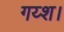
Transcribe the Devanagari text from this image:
गय्श।